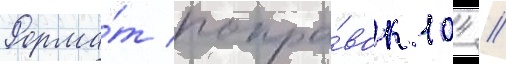
Форма́т попра́вок 104 //